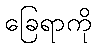
ခြေရာကို